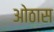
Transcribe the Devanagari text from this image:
ओठास